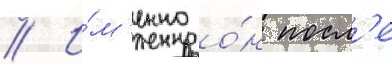
// И́м'енно о́н посл'е